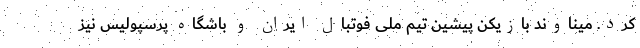
کرد. میناوند بازیکن پیشین تیم ملی فوتبال ایران و باشگاه پرسپولیس نیز